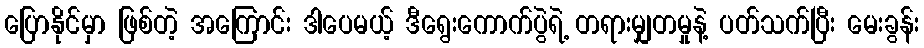
ပြောနိုင်မှာ ဖြစ်တဲ့ အကြောင်း ဒါပေမယ့် ဒီရွေးကောက်ပွဲရဲ့ တရားမျှတမှုနဲ့ ပတ်သက်ပြီး မေးခွန်း